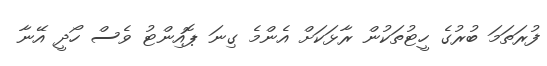
ފުރަތަމަ ބުރުގެ ހީޓުތަކުން ރާޅަކަށް އެންމެ ގިނަ ޕޮއިންޓު ވެސް ހޯދީ އޭނާ